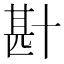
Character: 卙